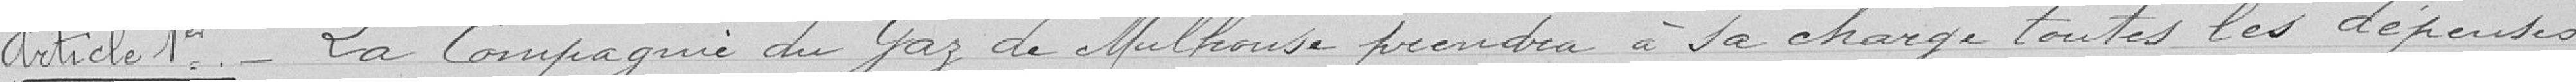
Article 1er - La Compagnie du Gaz de Mulhouse prendra à sa charge toutes les dépenses